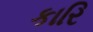
કારિ